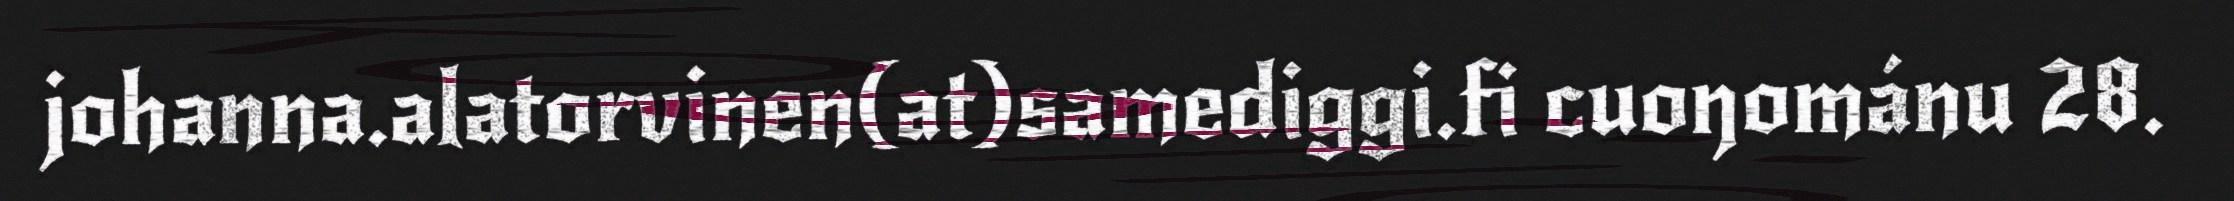
johanna.alatorvinen(at)samediggi.fi cuoŋománu 28.